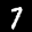
Label: 7